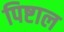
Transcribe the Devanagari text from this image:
पिष्टाल